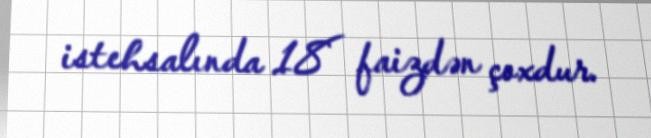
istehsalında 18 faizdən çoxdur.